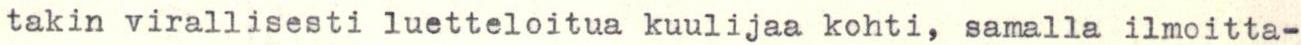
takin virallisesti luetteloitua kuulijaa kohti, samalla ilmoitta-